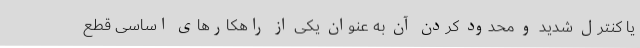
یا کنترل شدید و محدود کردن آن به عنوان یکی از راهکارهای اساسی قطع